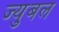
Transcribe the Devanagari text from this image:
ज्युबल